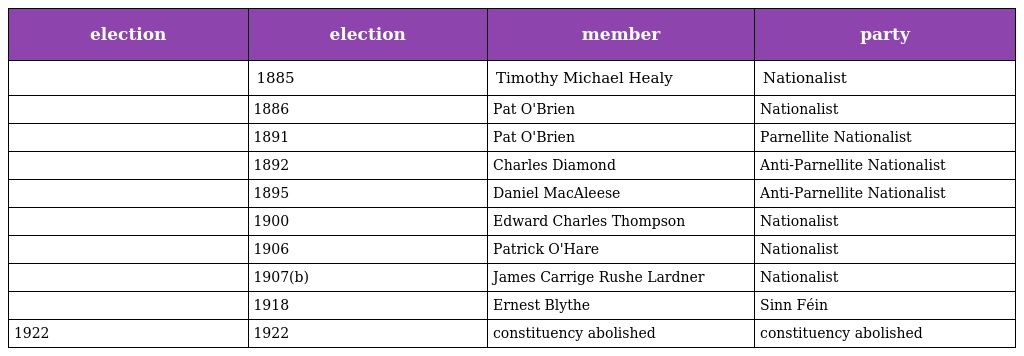
| election | election | member | party |
 | --- | --- | --- | --- |
 |  | 1885 | Timothy Michael Healy | Nationalist |
 |  | 1886 | Pat O'Brien | Nationalist |
 |  | 1891 | Pat O'Brien | Parnellite Nationalist |
 |  | 1892 | Charles Diamond | Anti-Parnellite Nationalist |
 |  | 1895 | Daniel MacAleese | Anti-Parnellite Nationalist |
 |  | 1900 | Edward Charles Thompson | Nationalist |
 |  | 1906 | Patrick O'Hare | Nationalist |
 |  | 1907(b) | James Carrige Rushe Lardner | Nationalist |
 |  | 1918 | Ernest Blythe | Sinn Féin |
 | 1922 | 1922 | constituency abolished | constituency abolished |